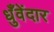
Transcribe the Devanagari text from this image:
धुँवेंदार